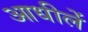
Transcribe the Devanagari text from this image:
आधीलें